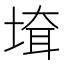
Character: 𡍲